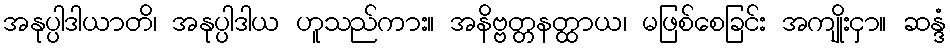
အနုပ္ပါဒါယာတိ၊ အနုပ္ပါဒါယ ဟူသည်ကား။ အနိဗ္ဗတ္တနတ္ထာယ၊ မဖြစ်စေခြင်း အကျိုးငှာ။ ဆန္ဒံ